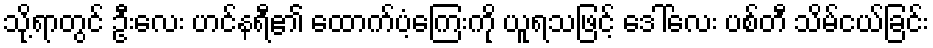
သို့ရာတွင် ဦးလေး ဟင်နရီ၏ ထောက်ပံ့ကြေးကို ယူရသဖြင့် ဒေါ်လေး ပစ်တီ သိမ်ငယ်ခြင်း